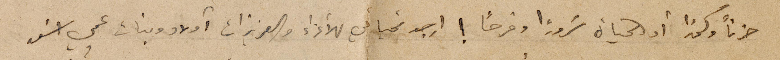
حزناً وسهراً أو الحياة سُروراً وفرحاً! اوجه تحياتي للأعزاء والعزيزات أولاد وبنات عمي أسعد